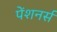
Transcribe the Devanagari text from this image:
पेंशनर्स